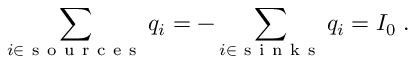
\sum _ { i \in \mathrm { ~ s ~ o ~ u ~ r ~ c ~ e ~ s ~ } } q _ { i } = - \sum _ { i \in \mathrm { ~ s ~ i ~ n ~ k ~ s ~ } } q _ { i } = I _ { 0 } \; .